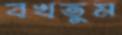
বখতুম